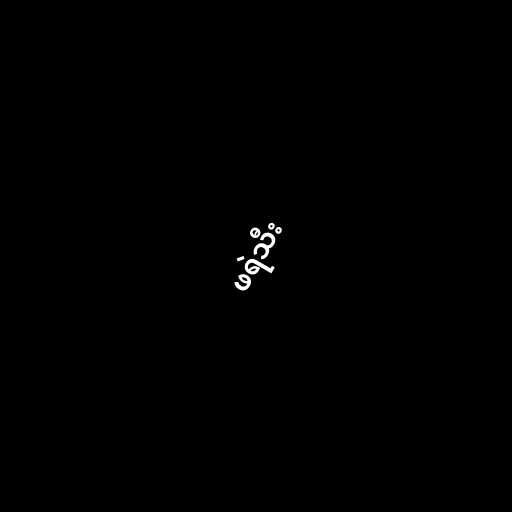
ဖရဲသီး